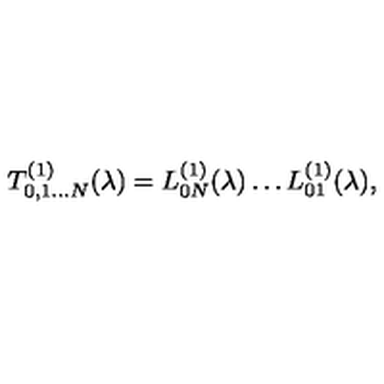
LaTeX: T _ { 0 , 1 \dots N } ^ { ( 1 ) } ( \lambda ) = L _ { 0 N } ^ { ( 1 ) } ( \lambda ) \dots L _ { 0 1 } ^ { ( 1 ) } ( \lambda ) ,